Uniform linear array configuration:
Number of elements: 32
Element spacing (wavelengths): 0.75
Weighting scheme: uniform
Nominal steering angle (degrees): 30
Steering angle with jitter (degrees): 31.796
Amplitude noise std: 0.05
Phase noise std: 0.05

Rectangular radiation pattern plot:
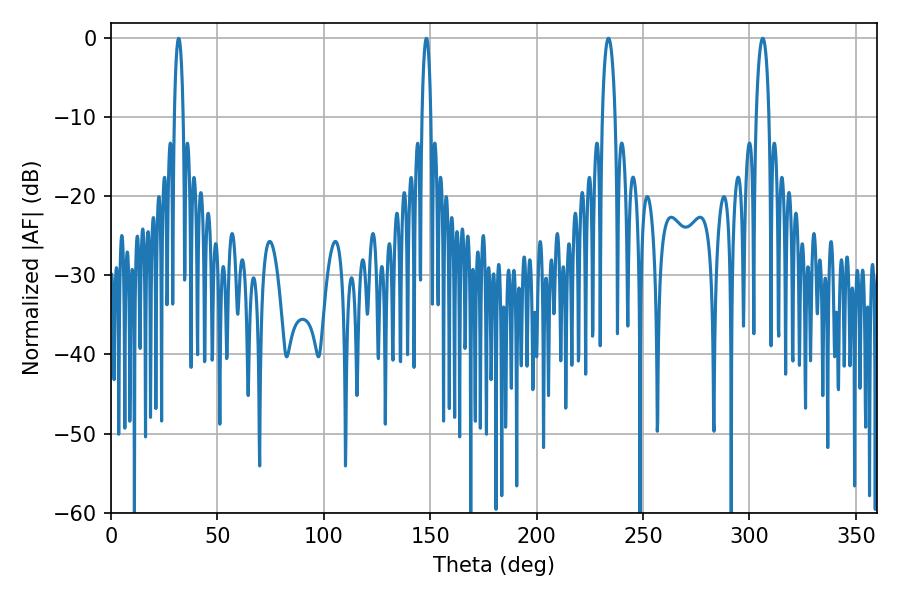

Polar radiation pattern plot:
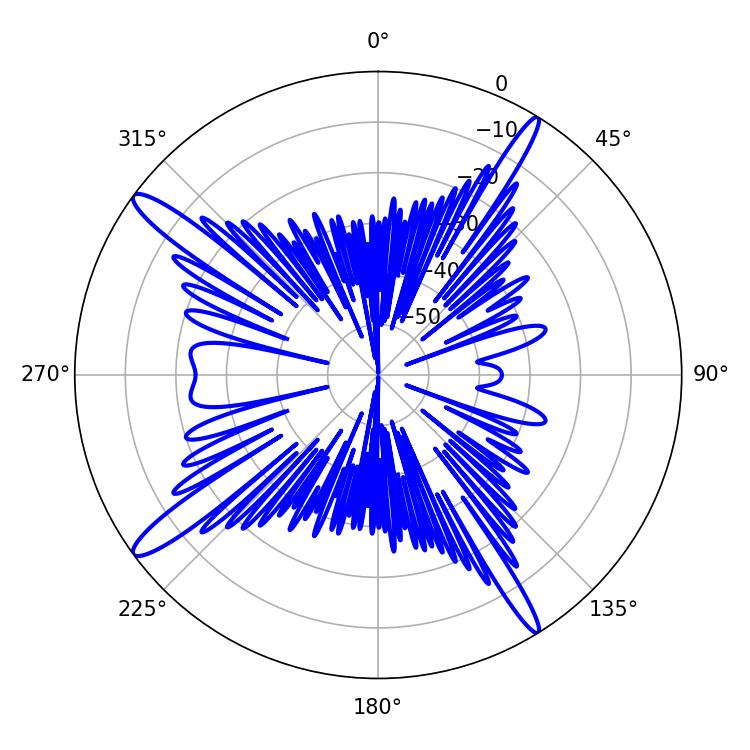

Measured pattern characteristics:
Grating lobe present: TRUE
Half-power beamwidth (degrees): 3.42
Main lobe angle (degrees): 306.18